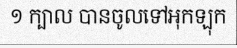
១ ក្បាល បានចូលទៅអុកឡុក